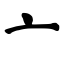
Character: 亠